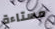
مستاءة